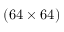
( 6 4 \times 6 4 )